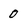
Character: 0